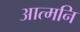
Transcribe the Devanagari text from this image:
आत्मनि